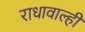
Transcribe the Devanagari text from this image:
राधावाल्ही